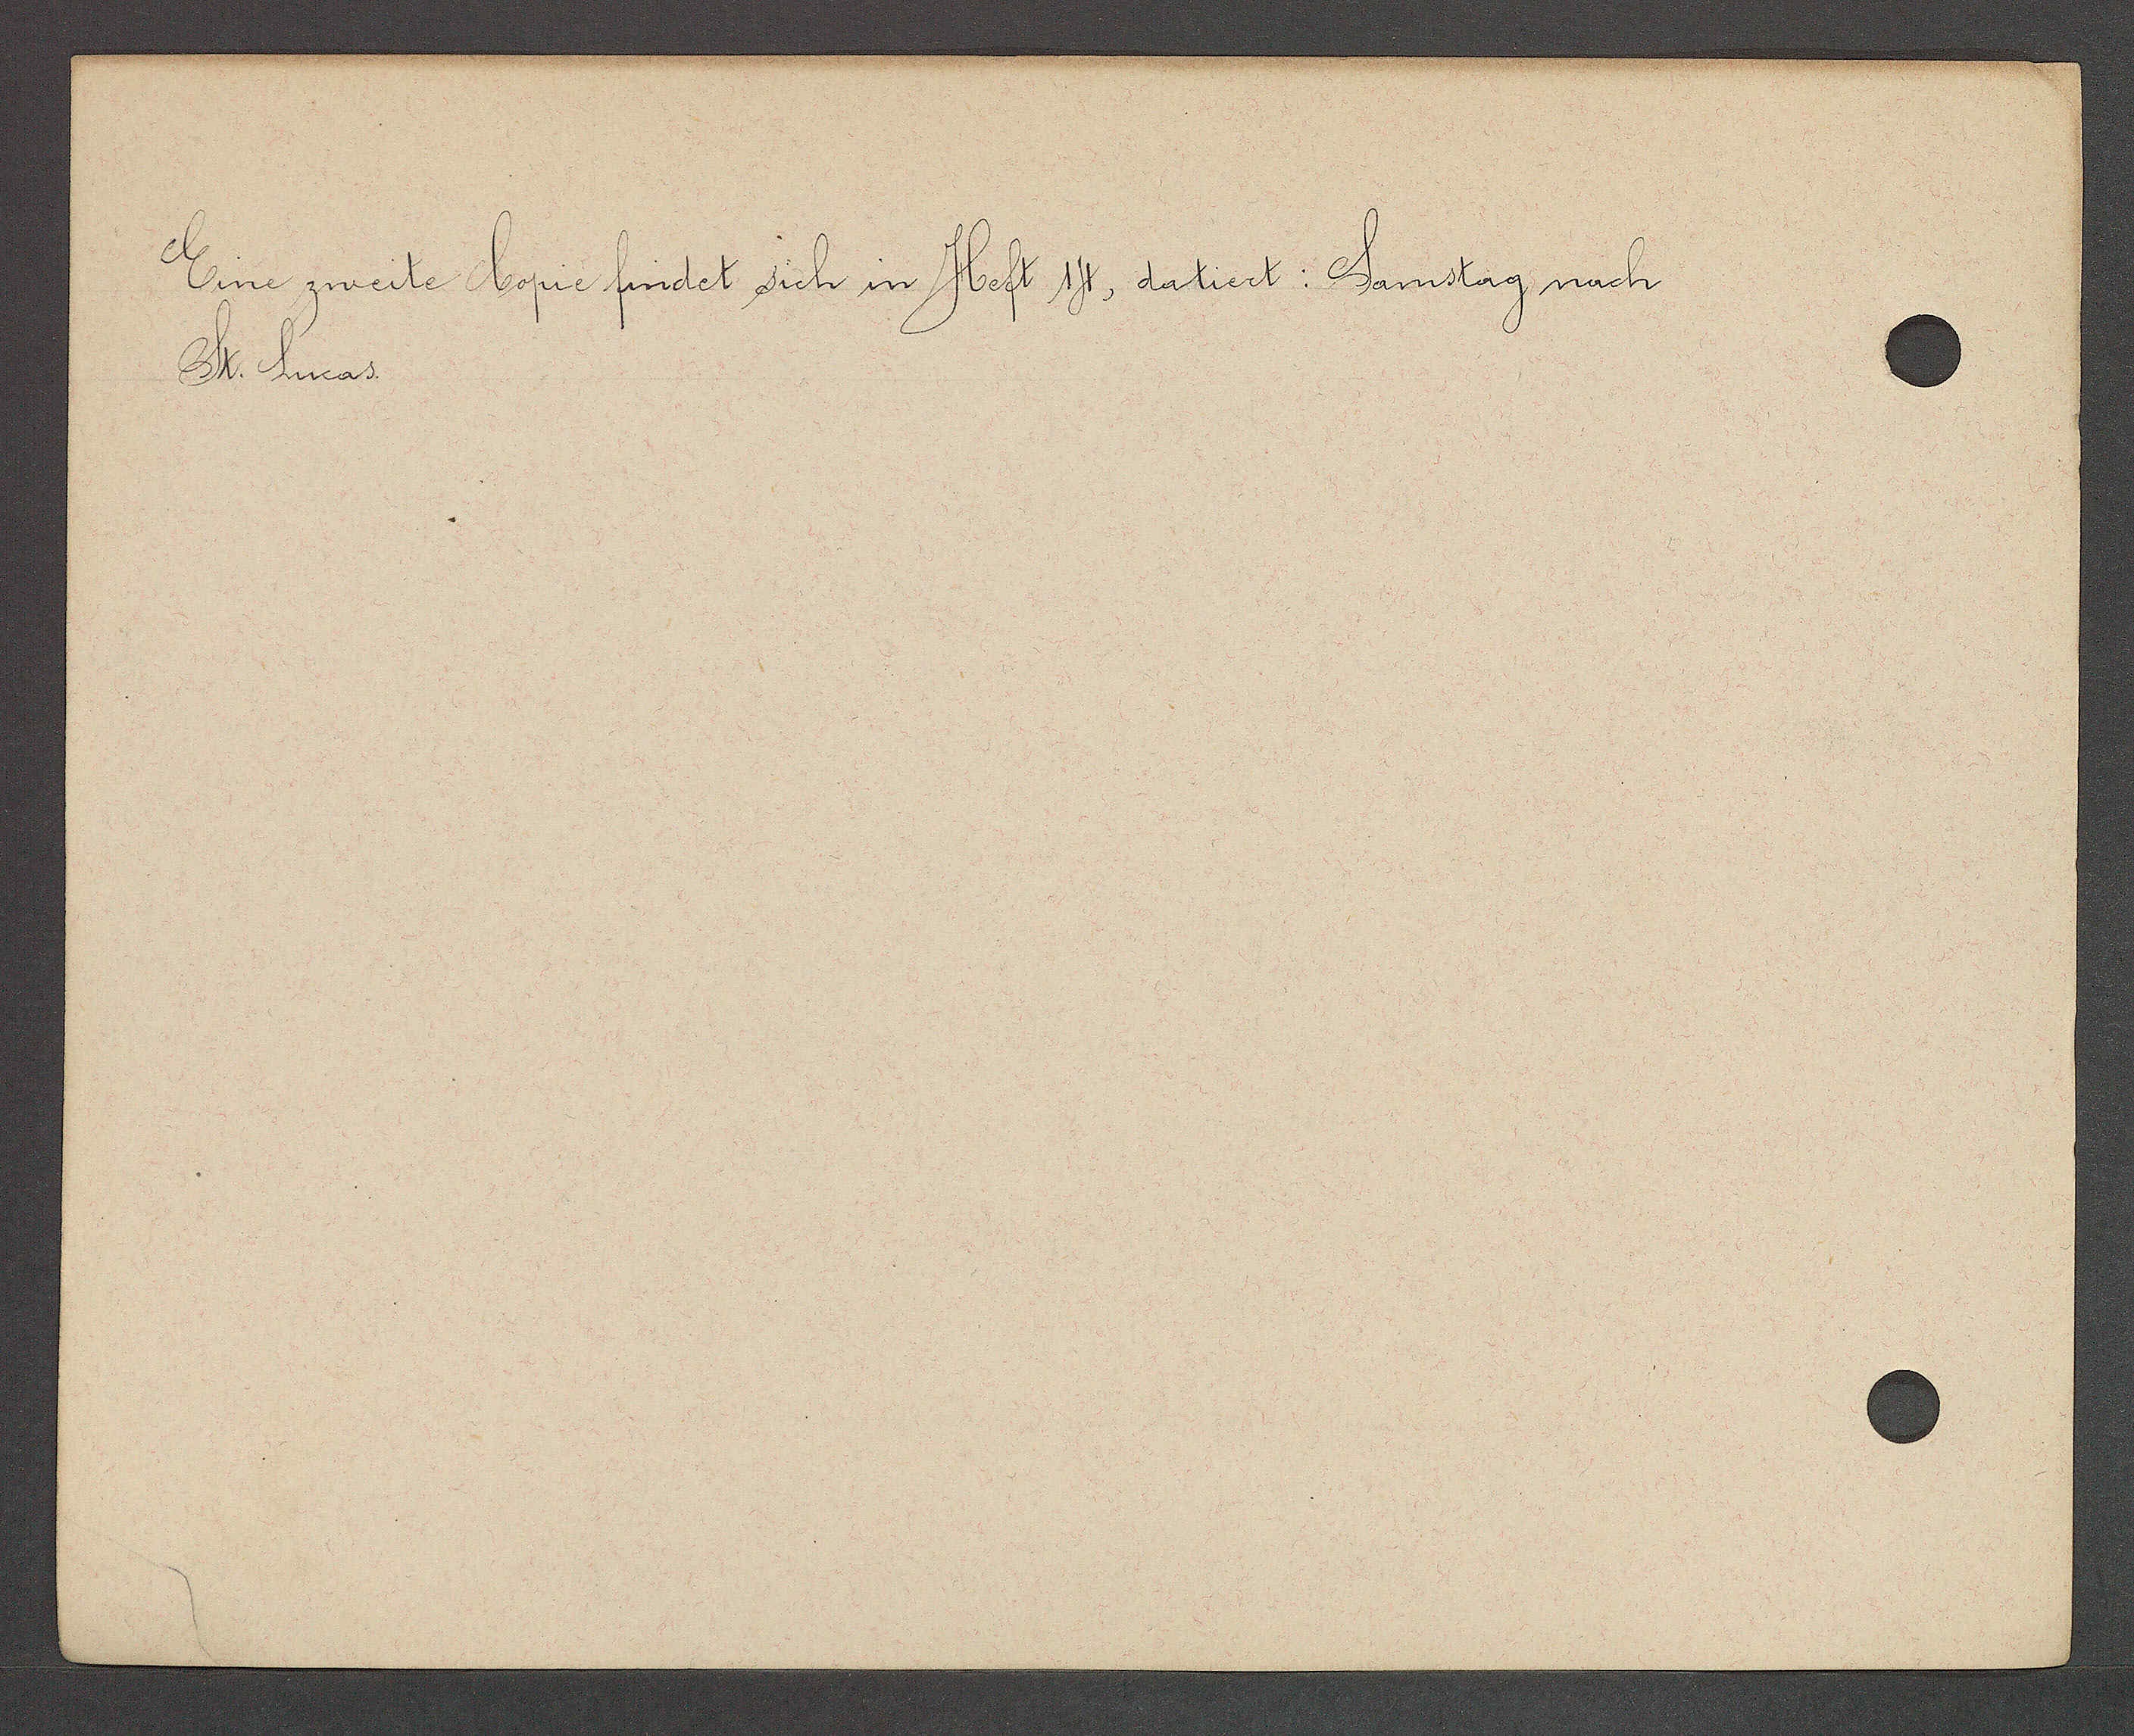
Transcript:
Eine zweite Copie findnet sich in Heft 14, datiert: Samstag nach
St. Lucas.